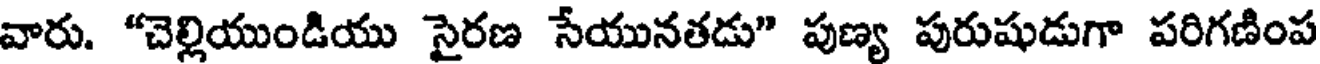
వారు. "చెల్లియుండియు సైరణ సేయునతడు" పుణ్య పురుషుడుగా పరిగణింప